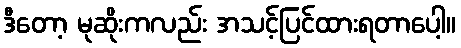
ဒီတော့ မုဆိုးကလည်း အသင့်ပြင်ထားရတာပေါ့။